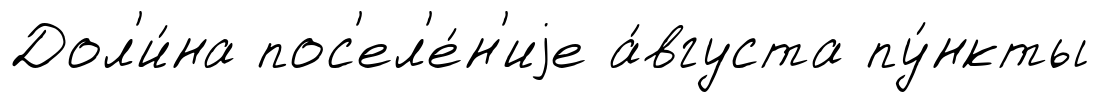
Дол'и́на пос'ел'е́н'иjе а́вгуста пу́нкты